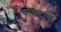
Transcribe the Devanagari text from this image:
पाचटाचे